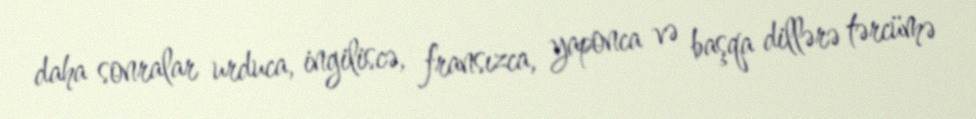
daha sonralar urduca, ingiliscə, fransızca, yaponca və başqa dillərə tərcümə